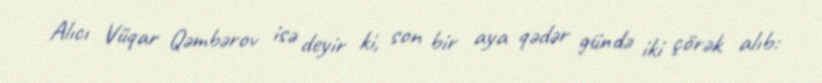
Alıcı Vüqar Qəmbərov isə deyir ki, son bir aya qədər gündə iki çörək alıb: